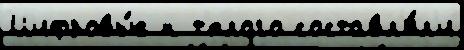
Цифровы́е к т'́плого составл'я́л'и